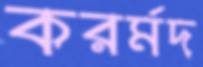
করর্মদ